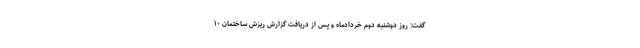
گفت: روز دوشنبه دوم خردادماه و پس از دریافت گزارش ریزش ساختمان ۱۰